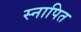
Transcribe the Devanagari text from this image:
स्नापित